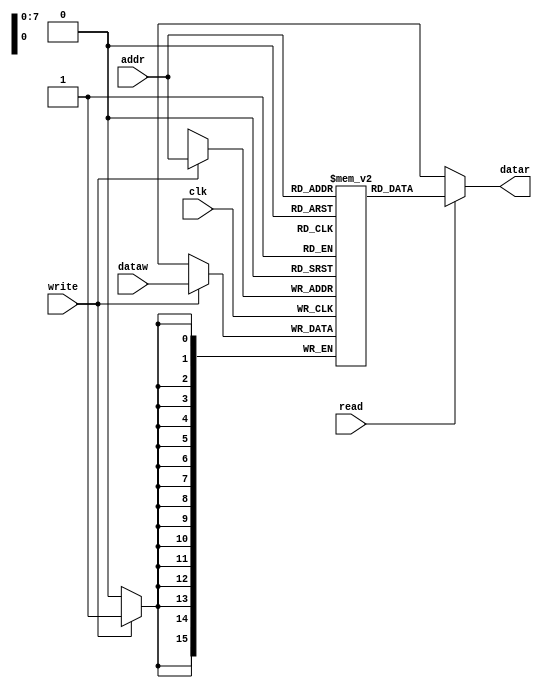
module DM_8085(addr,datar,dataw,clk,read,write);
input [7:0] addr;
input clk,read,write;
input [15:0] dataw;
output [15:0] datar;

integer i;
reg [15:0] DM [255:0];

assign datar=(read)?DM[addr]:16'hxxxx;

initial
begin
for(i=0;i<256;i=i+1)
DM[i]=10*i;
end



always @(posedge clk)
begin
if(write)
DM[addr]<=dataw;
end

endmodule